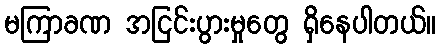
မကြာခဏ အငြင်းပွားမှုတွေ ရှိနေပါတယ်။